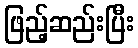
ဖြည့်ဆည်းပြီး